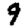
Digit: 9